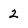
Character: 2